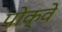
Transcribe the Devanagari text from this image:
पोक्वे